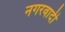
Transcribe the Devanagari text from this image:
नगरवादी